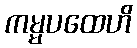
ကမ္မပထေဟိ